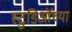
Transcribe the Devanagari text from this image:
स्टुडिऒंच्या